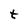
Character: t